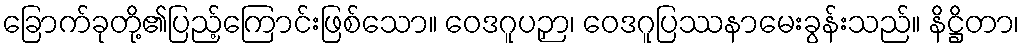
ခြောက်ခုတို့၏ပြည့်ကြောင်းဖြစ်သော။ ဝေဒဂူပဉှာ၊ ဝေဒဂူပြဿနာမေးခွန်းသည်။ နိဋ္ဌိတာ၊